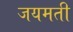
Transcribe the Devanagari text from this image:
जयमती